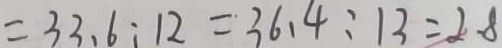
= 3 3 . 6 : 1 2 = 3 6 . 4 : 1 3 = 2 . 8